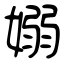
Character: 嫋